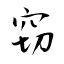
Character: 窃